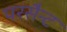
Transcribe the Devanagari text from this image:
परसैन्ट